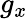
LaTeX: g_{x}